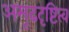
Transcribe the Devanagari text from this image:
अमूढदृष्टित्व